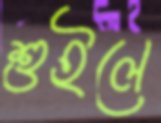
শুইলে